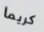
كريما